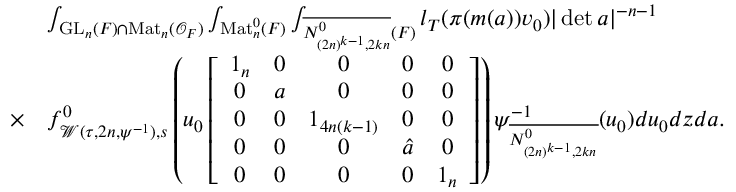
\begin{array} { r l } & { \int _ { \mathrm { G L } _ { n } ( F ) \cap \mathrm { M a t } _ { n } ( \mathcal { O } _ { F } ) } \int _ { \mathrm { M a t } _ { n } ^ { 0 } ( F ) } \int _ { \overline { { N _ { ( 2 n ) ^ { k - 1 } , 2 k n } ^ { 0 } } } ( F ) } l _ { T } ( \pi ( m ( a ) ) v _ { 0 } ) | \operatorname* { d e t } a | ^ { - n - 1 } } \\ { \times } & { f _ { \mathcal { W } ( \tau , 2 n , \psi ^ { - 1 } ) , s } ^ { 0 } \left( u _ { 0 } \left[ \begin{array} { c c c c c } { 1 _ { n } } & { 0 } & { 0 } & { 0 } & { 0 } \\ { 0 } & { a } & { 0 } & { 0 } & { 0 } \\ { 0 } & { 0 } & { 1 _ { 4 n ( k - 1 ) } } & { 0 } & { 0 } \\ { 0 } & { 0 } & { 0 } & { \hat { a } } & { 0 } \\ { 0 } & { 0 } & { 0 } & { 0 } & { 1 _ { n } } \end{array} \right] \right) \psi _ { \overline { { N _ { ( 2 n ) ^ { k - 1 } , 2 k n } ^ { 0 } } } } ^ { - 1 } ( u _ { 0 } ) d u _ { 0 } d z d a . } \end{array}